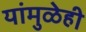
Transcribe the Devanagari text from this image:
यांमुळेही